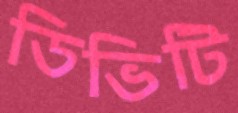
ডিভিটি